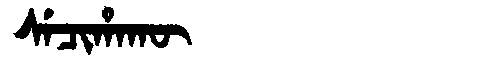
Manchu: ᠰᡝᠴᡳᡥᠠᡴᡡ
Romanization: SECIHAKŪ